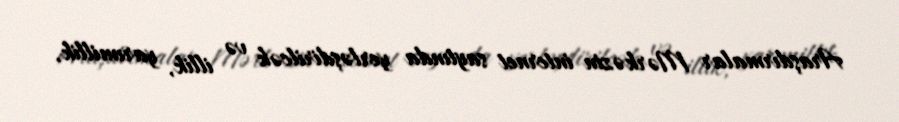
Araşdırmalar Mərkəzin internet saytında yerləşdirilcək və illik, yarımillik,